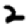
Digit: 2